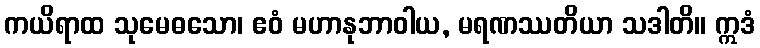
ကယိရာထ သုမေဓသော၊ ဧဝံ မဟာနုဘာဝါယ, မရဏဿတိယာ သဒါတိ။ ဣဒံ